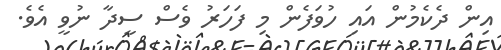
އިން ދެކެމުން އައި ހުވަފެން މި ފަހަރު ވެސް ސީދާ ނުވީ އެވެ.